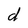
Character: d